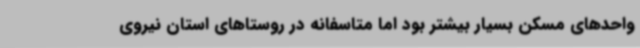
واحدهای مسکن بسیار بیشتر بود اما متاسفانه در روستاهای استان نیروی